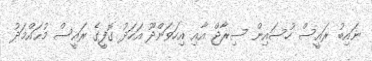
ނައިބު ރައީސް ހުސައިން ސިރާޖް އާއި އިހަވަންދޫ އަހަދު ގޮފީގެ ރައީސް މުޙައްމަދު